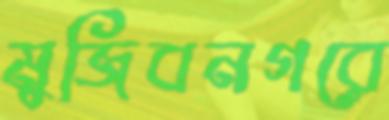
মুজিবনগরে